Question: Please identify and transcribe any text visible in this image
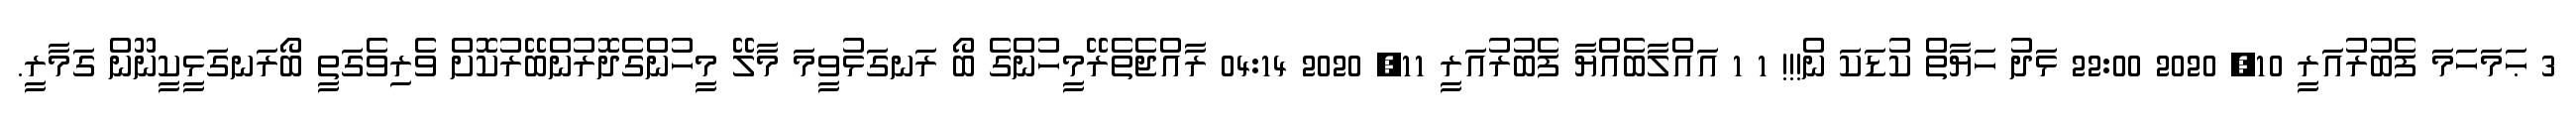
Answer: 3 ޙަމަހަމަ ފެބުރުއަރީ 10, 2020 22:00 ޅަދު ހަޔާތް ކުޑަކަ ން!!! 1 1 އައްލާބެއްޔާ ފެބުރުއަރީ 11, 2020 04:14 ރާއްޖެތެރޭމީހުންގެ ބޯ ރަނގަޅުވީމަ މާލޭ މީހުންގެދޮރުންބޭރުކޮށް ވެރިވެގަތީ ބޯރަނގަޅީކީނޫން ގަމާރީ.